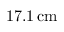
1 7 . 1 \, \mathrm { c m }